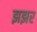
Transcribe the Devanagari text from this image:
झझर